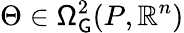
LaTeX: \Theta\in\mathsf{\Omega}_{\mathsf{G}}^{2}(P,\mathbb{R}^{n})